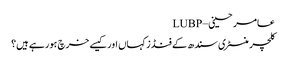
عامر حسینی – LUBP
کلچر منسٹری سندھ کے فنڈز کہاں اور کیسے خرچ ہورہے ہیں؟